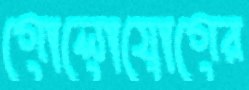
গোলোযোগের